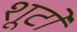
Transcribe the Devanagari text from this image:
शूटों